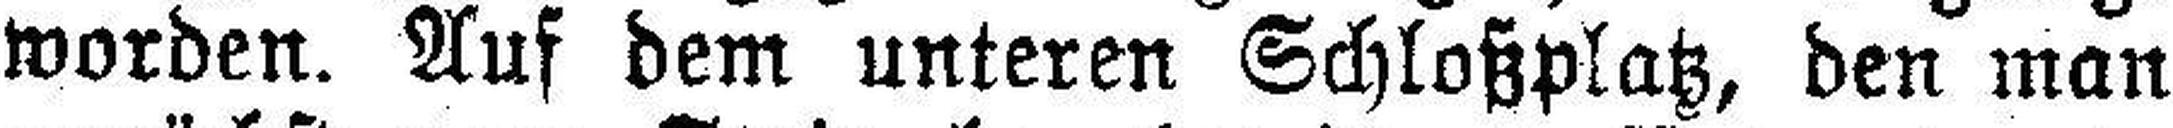
worden. Auf dem unteren Schloßplatz, den man